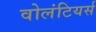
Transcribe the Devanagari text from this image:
वोलंटियर्स